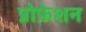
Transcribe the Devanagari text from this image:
प्रोफ़ेशन